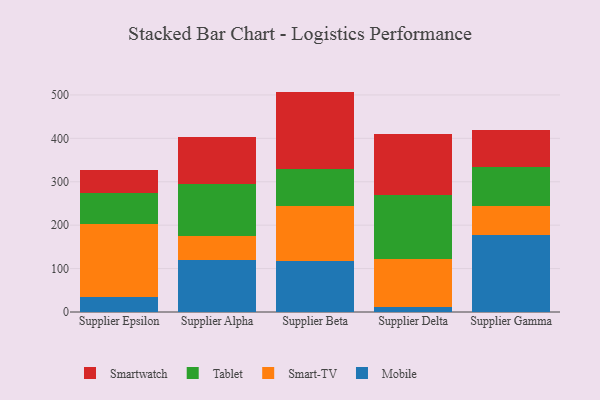
{"axis": {"x": "Supplier", "y": "Latency (ms)"}, "legend": ["Mobile", "Smart-TV", "Smartwatch", "Tablet"], "data": [{"x": "Supplier Epsilon", "y": 35.2, "type": "Mobile"}, {"x": "Supplier Epsilon", "y": 167.8, "type": "Smart-TV"}, {"x": "Supplier Epsilon", "y": 70.8, "type": "Tablet"}, {"x": "Supplier Epsilon", "y": 53.3, "type": "Smartwatch"}, {"x": "Supplier Alpha", "y": 119.9, "type": "Mobile"}, {"x": "Supplier Alpha", "y": 56.0, "type": "Smart-TV"}, {"x": "Supplier Alpha", "y": 118.0, "type": "Tablet"}, {"x": "Supplier Alpha", "y": 109.7, "type": "Smartwatch"}, {"x": "Supplier Beta", "y": 118.4, "type": "Mobile"}, {"x": "Supplier Beta", "y": 126.9, "type": "Smart-TV"}, {"x": "Supplier Beta", "y": 84.6, "type": "Tablet"}, {"x": "Supplier Beta", "y": 177.8, "type": "Smartwatch"}, {"x": "Supplier Delta", "y": 12.5, "type": "Mobile"}, {"x": "Supplier Delta", "y": 110.3, "type": "Smart-TV"}, {"x": "Supplier Delta", "y": 147.8, "type": "Tablet"}, {"x": "Supplier Delta", "y": 139.4, "type": "Smartwatch"}, {"x": "Supplier Gamma", "y": 176.6, "type": "Mobile"}, {"x": "Supplier Gamma", "y": 68.2, "type": "Smart-TV"}, {"x": "Supplier Gamma", "y": 89.4, "type": "Tablet"}, {"x": "Supplier Gamma", "y": 84.7, "type": "Smartwatch"}]}